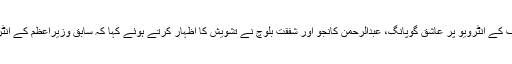
ذرائع کے مطابق اجلاس کے دوران نواز شریف کے انٹرویو پر عاشق گوپانگ، عبدالرحمٰن کانجو اور شفقت بلوچ نے تشویش کا اظہار کرتے ہوئے کہا کہ سابق وزیرِاعظم کے انٹرویو کو بھارتی میڈیا بہت زیادہ اچھال رہا ہے۔